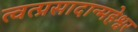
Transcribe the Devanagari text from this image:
त्वत्प्रसादान्महेश्वर